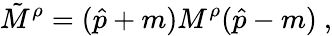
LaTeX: \tilde{M}^{\rho}=(\hat{p}+m)M^{\rho}(\hat{p}-m)\ ,